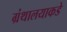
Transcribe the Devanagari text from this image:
ग्रंथालयाकडे